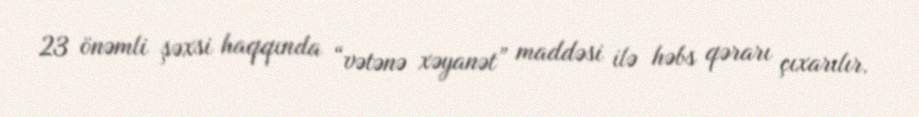
23 önəmli şəxsi haqqında “vətənə xəyanət” maddəsi ilə həbs qərarı çıxarılır.